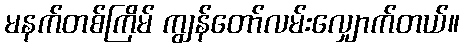
မနက်တစ်ကြိမ် ကျွန်တော်လမ်းလျှောက်တယ်။